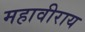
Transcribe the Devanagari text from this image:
महावीराय